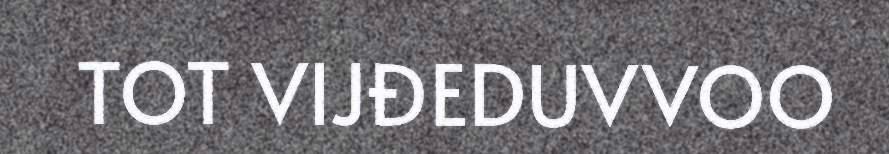
TOT VIJĐEDUVVOO